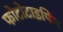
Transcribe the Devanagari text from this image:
फोटोटाइपिंग